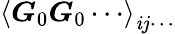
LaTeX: \left\langle\boldsymbol{G}_{0}\boldsymbol{G}_{0}\cdots\right\rangle_{\mathit{i}j\cdots}